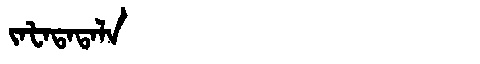
Manchu: ᠵᠠᡶᠠᡨᠠᡨᠠᠯᠠ
Romanization: JAFATATALA